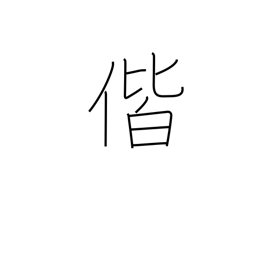
Meaning: together